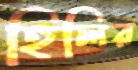
হিলির